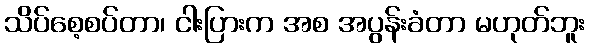
သိပ်စေ့စပ်တာ၊ ငါးပြားက အစ အပွန်းခံတာ မဟုတ်ဘူး